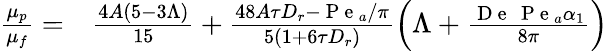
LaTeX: \begin{array}{rl}{\frac{\mu_{p}}{\mu_{f}}=}&{{}\frac{4A(5-3\Lambda)}{15}+\frac{48A\tau D_{r}-\mathrm{~P~e~}_{a}/\pi}{5\left(1+6\tau D_{r}\right)}\left(\Lambda+\frac{\mathrm{~D~e~}\, \mathrm{~P~e~}_{a}\alpha_{1}}{8\pi}\right)}\end{array}